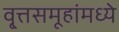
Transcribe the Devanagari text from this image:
वृ्त्तसमूहांमध्ये